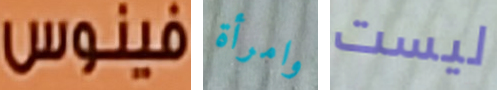
فينوس وامرأة ليست